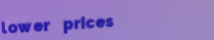
lower prices